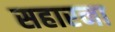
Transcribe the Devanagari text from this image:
सहारना